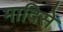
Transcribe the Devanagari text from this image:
मादिसे